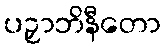
ပဉှာဘိနီတော